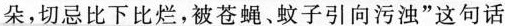
朵，切忌比下比烂，被苍蝇、蚊子引向污浊”这句话